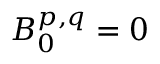
B _ { 0 } ^ { p , q } = 0